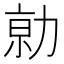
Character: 𠡽